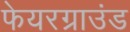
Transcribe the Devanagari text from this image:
फेयरग्राउंड